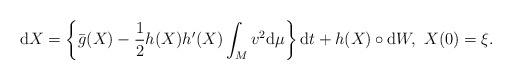
LaTeX: \begin{align*}\mathrm{d}X=\left\{ \bar{g}(X)-\frac{1}{2}h(X)h'(X)\int_{M}v^{2}\mathrm{d}\mu\right\}\mathrm{d}t+h(X)\circ \mathrm{d}W, ~X(0)=\xi.\end{align*}